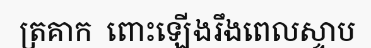
ត្រគាក  ពោះឡើងរឹងពេលស្ទាប